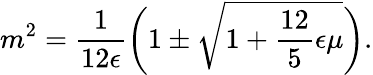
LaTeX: m^{2}=\frac{1}{12\epsilon}\biggl(1\pm\sqrt{1+\frac{12}{5}\epsilon\mu}\biggr).